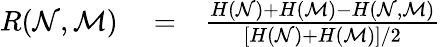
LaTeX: \begin{array}{rlr}{R(\mathcal{N},\mathcal{M})}&{{}=}&{\frac{H(\mathcal{N})+H(\mathcal{M})-H(\mathcal{N},\mathcal{M})}{[H(\mathcal{N})+H(\mathcal{M})]/2}}\end{array}